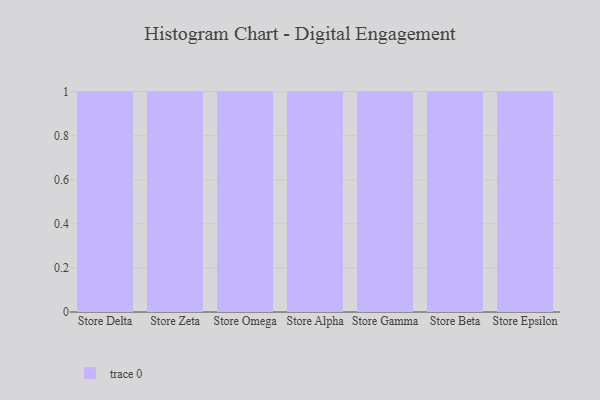
{"axis": {"x": "Store", "y": "Market Share (%)"}, "legend": [""], "data": [{"x": "Store Delta", "y": 43, "type": ""}, {"x": "Store Zeta", "y": 70, "type": ""}, {"x": "Store Omega", "y": 20, "type": ""}, {"x": "Store Alpha", "y": 38, "type": ""}, {"x": "Store Gamma", "y": 71, "type": ""}, {"x": "Store Beta", "y": 55, "type": ""}, {"x": "Store Epsilon", "y": 97, "type": ""}]}